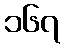
၁၆၇